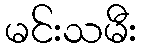
မင်းသမီး